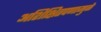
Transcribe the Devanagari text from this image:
अशिक्षितपणामुळे